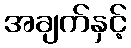
အချက်နှင့်